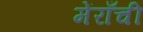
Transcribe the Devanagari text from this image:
मेंराँची